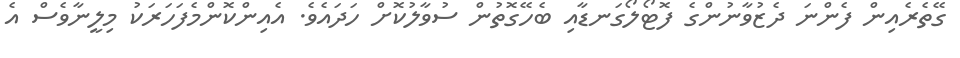
ގޭތެެރެއިން ފެންނަ ދެޒުވާނުންގެ ފޮޓޯލޯގަނޑާއި ބެހޭގޮތުން ސުވާލުކޮށް ހަދައެެވެ. އެއިންކޮންމެފަހަރަކު މިލީނާވެސް އެ